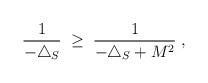
LaTeX: \begin{align*}\frac{1}{ -\triangle_S } \; \geq \; \frac{1}{ -\triangle_S + M^2} \; ,\end{align*}